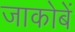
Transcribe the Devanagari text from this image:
जाकोबें